Annual report on the health of the army in India
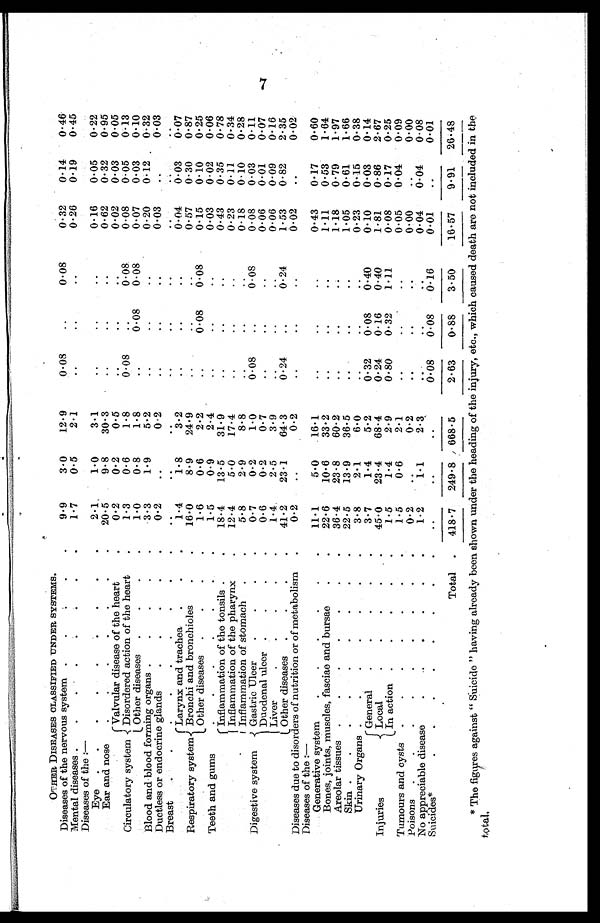
OTHER DISEASES CLASSIFIED UNDER SYSTEMS.
Diseases of the nervous system
9.9
3.0
12.9
0.08
..
0.08
0.32
0.14
0.46
Mental diseases
1.7
0.5
2.1
..
..
..
0.26
0.19
0.45
D i s e a s e s o f t h e : —
Eye
2.1
1.0
3.1
..
. .
. .
0.16
0.05
0.22
Ear and nose
20.5
9.8
30.3
. .
. .
0.62
0.32
0.95
Circulatory system
Valvular disease of the heart
0.2
0.2
0.5
. .
. .
0.02
0.03
0.05
Disordered action of the heart
1.3
0.6
1.8
0.08
..
0.08
0.08
0.05
0.13
Other diseases
1.0
0.8
1.8
..
0.08
0.08
0.07
0.03
0.10
Blood and blood forming organs
3.3
1.9
5.2
..
. .
..
0.20
0.12
0.32
Ductless or endocrine glands
0.2
..
0.2
..
0.03
..
0 . 0 3
Breast
..
..
..
..
. .
..
..
..
. .
Respiratory system
Larynx and trachea
1.4
1.8
3.2
..
..
..
0.04
0.03
0.07
Bronchi and bronchioles
16.0
8.9
24.9
..
..
0.57
0.30
0.87
Other diseases
1.6
0.6
2.2
..
0.08
0.08
0.15
0.10
0.25
Teeth and gums
1.5
0.9
2.4
..
..
0.03
0.02
0.06
Digestive system
Inflammation of the tonsils
18.4
13.5
31.9
. .
. .
..
0.43
0.35
0.78
Inflammation of the pharynx
12.4
5.0
17.4
0.23
0.11
0.34
Inflammation of stomach
5.8
2.9
8.8
..
..
..
0.18
0.10
0.28
Gastric Ulcer
0.7
0.2
1.0
0.08
..
0.08
0.08
0.03
0.11
Duodenal ulcer
0.6
0.2
0.7
. .
. .
..
0.06
0.01
0.07
Liver
1.4
2.5
3.9
..
..
0.06
0.09
0.16
Other diseases
41.2
23.1
64.3
0.24
..
0.24
1.53
0.82
2.35
Diseases due to disorders of nutrition or of metabolism
0.2
..
0.2
..
. .
. .
0.02
..
0.02
D i s e a s e s o f t h e : —
Generative system
11.1
5.0
16. 1
..
..
..
0.43
0.17
0.60
Bones, joints, muscles, fasciae and bursae
22.6
10.6
33.2
..
..
..
1.11
0.53
1.64
Areolar tissues
36.4
23.8
60.2
..
1.18
0.79
1.97
Skin
22.5
13.9
36. 5.
..
..
..
1.05
0.61
1.66
Urinary Organs
3.8
2.1
6.0
..
..
..
0.23
0.15
0.38
Injuries
General
3.7
1.4
5.2
0.32
0.08
0.40
0.10
0.03
0.14
Local
45.0
23.4
68.4
0.24
0.16
0.40
1.81
0.86
2.67
In action
1.5
1 . 4
2.9
0.80
0.32
1.11
0.08
0.17
0.25
Tumours and cysts .
.
.
-
.
.
.
1.5
0.6
2.1
..
..
..
0.05
0.04
0.09
Poisons .
.
.
.
.
.
.
-
.
0.2
..
0.2
..
..
..
0.00
..
0.00
No appreciable disease
.
..
.
. . .
1.2
1.1
2.3
..
..
..
0.04
0.04
0.08
Suicides*
..
..
..
0.08
0.08
0.16
0.01
..
0.01
Total .
418 . 7
249.8
668.5
2.63
0.88
3.50
16.57
9.91
26.48
* The figures against “Suicide” having already been shown under the heading of the injury, etc., which caused death are not included in the
total.